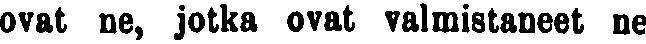
ovat ne, jotka ovat valmistaneet ne